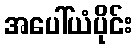
အပေါ်ယံပိုင်း